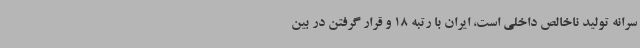
سرانه تولید ناخالص داخلی است، ایران با رتبه 18 و قرار گرفتن در بین